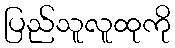
ပြည်သူလူထုကို